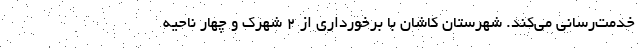
خدمت‌رسانی می‌کند. شهرستان کاشان با برخورداری از ۲ شهرک و چهار ناحیه